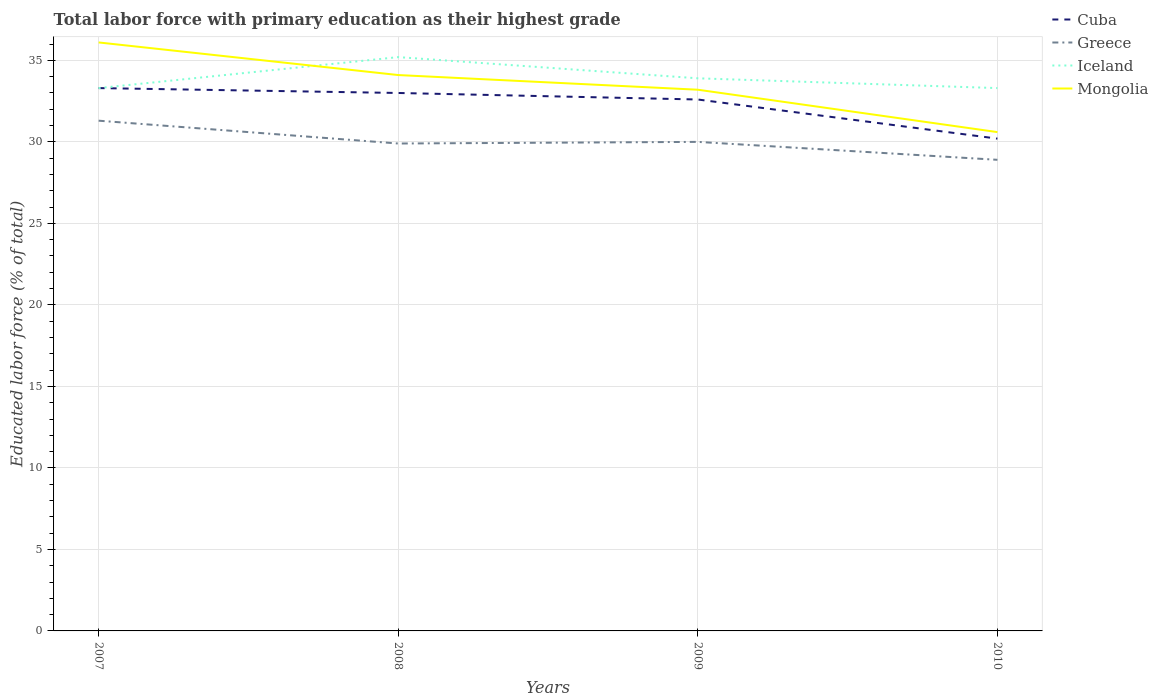
| Years | Cuba | Greece | Iceland | Mongolia |
 | --- | --- | --- | --- | --- |
 | 2007 | 33.3 | 31.3 | 33.3 | 36.1 |
 | 2008 | 33 | 29.9 | 35.2 | 34.1 |
 | 2009 | 32.6 | 30 | 33.9 | 33.2 |
 | 2010 | 30.2 | 28.9 | 33.3 | 30.6 |